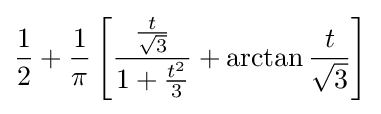
{\frac {1}{2}}+{\frac {1}{\pi }}\left[{\frac {\frac {t}{\sqrt {3}}}{1+{\frac {t^{2}}{3}}}}+\arctan {\frac {t}{\sqrt {3}}}\right]